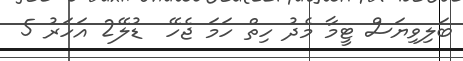
ބަލިވިޔަސް ޓީމާ މެދު ހިތް ހަމަ ޖެހޭ  ޑުލޭ2 އަހަރު 5